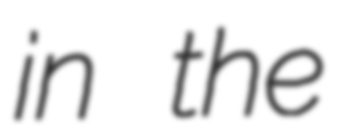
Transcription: in the